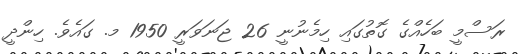
ރަސްމީ ބަހެއްގެ ގޮތުގައި ހިމެނުނީ 26 ޖަނަވަރީ 1950 މ. ގައެވެ. ހިންދީ